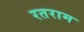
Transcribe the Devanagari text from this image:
रतराम